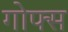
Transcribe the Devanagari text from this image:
गोफ्स